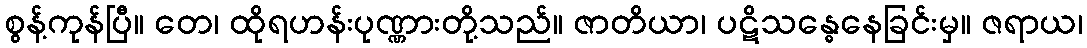
စွန့်ကုန်ပြီ။ တေ၊ ထိုရဟန်းပုဏ္ဏားတို့သည်။ ဇာတိယာ၊ ပဋိသန္ဓေနေခြင်းမှ။ ဇရာယ၊